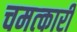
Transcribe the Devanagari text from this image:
चमत्‍कारी